Leaving Certificate Examination (including Day School Certificate (Higher) General paper), 1934
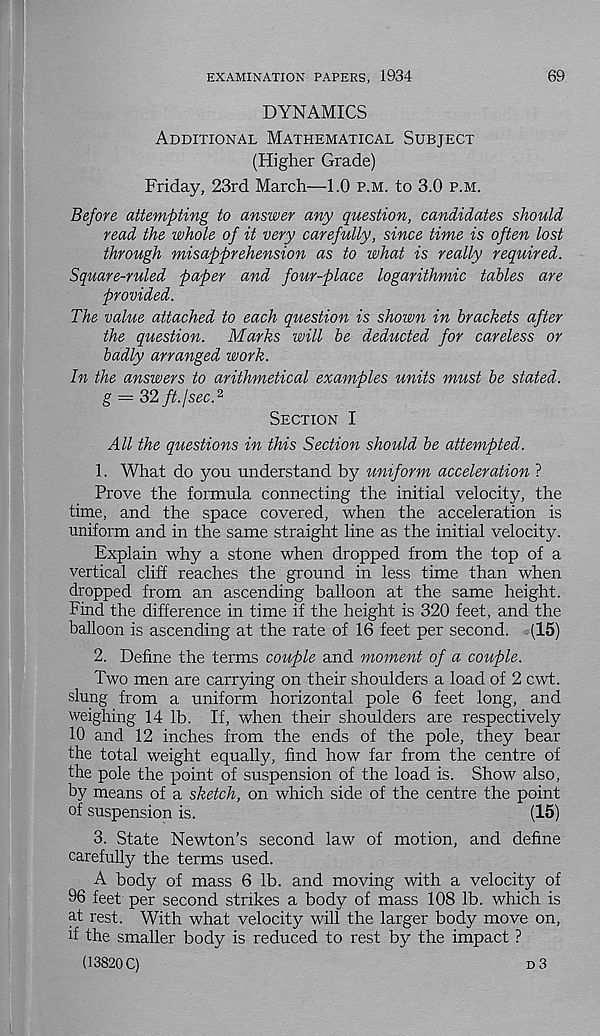
69
EXAMINATION PAPERS, 1934
DYNAMICS
Additional Mathematical Subject
(Higher Grade)
Friday, 23rd March—1.0 p.m. to 3.0 p.m.
Before attempting to answer any question, candidates should
read the whole of it very carefully, since time is often lost
through misapprehension as to what is really required.
Square-ruled paper and four-place logarithmic tables are
provided.
The value attached to each question is shown in brackets after
the question. Marks will be deducted for careless or
badly arranged work.
In the answers to arithmetical examples units must be stated,
g = 2)2 ft./sec. 2
Section I
All the questions in this Section should be attempted.
1. What do you understand by uniform acceleration ?
Prove the formula connecting the initial velocity, the
time, and the space covered, when the acceleration is
uniform and in the same straight line as the initial velocity.
Explain why a stone when dropped from the top of a
vertical cliff reaches the ground in less time than when
dropped from an ascending balloon at the same height.
Find the difference in time if the height is 320 feet, and the
balloon is ascending at the rate of 16 feet per second. (15)
2. Define the terms couple and moment of a couple.
Two men are carrying on their shoulders a load of 2 cwt.
slung from a uniform horizontal pole 6 feet long, and
weighing 14 lb. If, when their shoulders are respectively
10 and 12 inches from the ends of the pole, they bear
the total weight equally, find how far from the centre of
the pole the point of suspension of the load is. Show also,
by means of a sketch, on which side of the centre the point
of suspension is.
(15)
3. State Newton’s second law of motion, and define
carefully the terms used.
A body of mass 6 lb. and moving with a velocity of
96 feet per second strikes a body of mass 108 lb. which is
at rest. With what velocity will the larger body move on,
if the smaller body is reduced to rest by the impact ?
(13820 C)
d 3